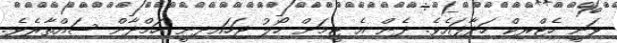
ވަނީ ހެޓްރިކް ހަދާފައެވެ. ދެން އެ ޓީމަށް ހޯލު ޖަހައިދިނީ ހަމްދާން ސައްތާރެވެ.